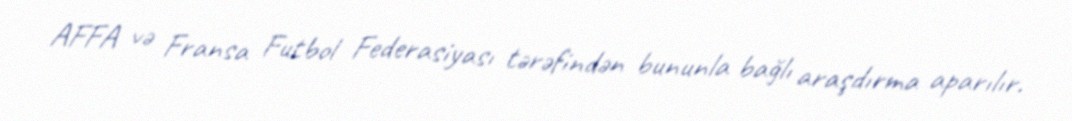
AFFA və Fransa Futbol Federasiyası tərəfindən bununla bağlı araşdırma aparılır.